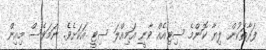
ފަރާތަކުން ލިޔާ ކޮންމެ ސިޓިއެއް ވާނީ އަމިއްލަ ސިޓީ އަކަށެވެ. ނަމަވެސް މިއިން